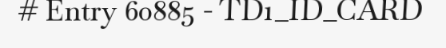
# Entry 60885 - TD1_ID_CARD